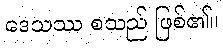
ဒေသဿ စသည် ဖြစ်၏။